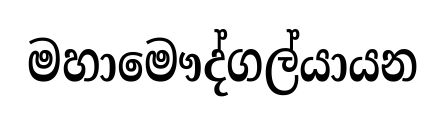
මහාමෞද්ගල්යායන